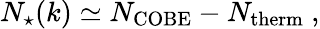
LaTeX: N_{\star}(k)\simeq N_{\mathrm{COBE}}-N_{\mathrm{therm}}\ ,